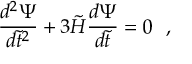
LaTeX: { \frac { d ^ { 2 } \Psi } { d \tilde { t } ^ { 2 } } } + 3 \tilde { H } { \frac { d \Psi } { d \tilde { t } } } = 0 \ \ ,